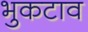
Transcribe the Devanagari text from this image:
भुकटाव